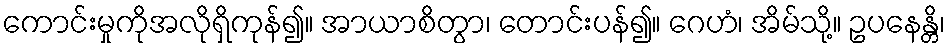
ကောင်းမှုကိုအလိုရှိကုန်၍။ အာယာစိတွာ၊ တောင်းပန်၍။ ဂေဟံ၊ အိမ်သို့။ ဥပနေန္တိ၊